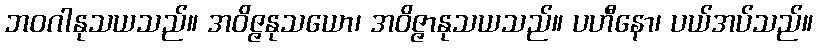
ဘဝဂါနုသယသည်။ အဝိဇ္ဇနုသယော၊ အဝိဇ္ဇာနုသယသည်။ ပဟီနော၊ ပယ်အပ်သည်။